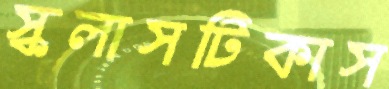
স্কলাসটিকাস